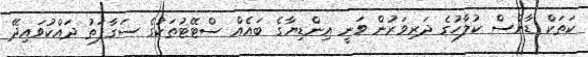
ކަތަކް ޑާންސް ކުލާހުގެ ދަރިވަރުން ވަނީ އިންޑިޔާގެ ބައެއް ސްޓޭޓުތަކުގެ ސަގާފަތު ދައްކުވައިދޭ